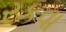
રકવા